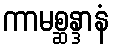
ကာမစ္ဆန္ဒာနံ